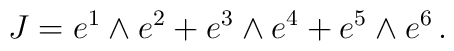
J = e^1 \wedge e^2 + e^3 \wedge e^4 + e^5 \wedge e^6\,.